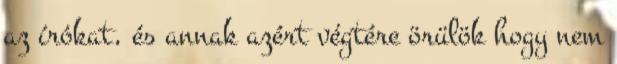
az írókat, és annak azért végtére örülök hogy nem